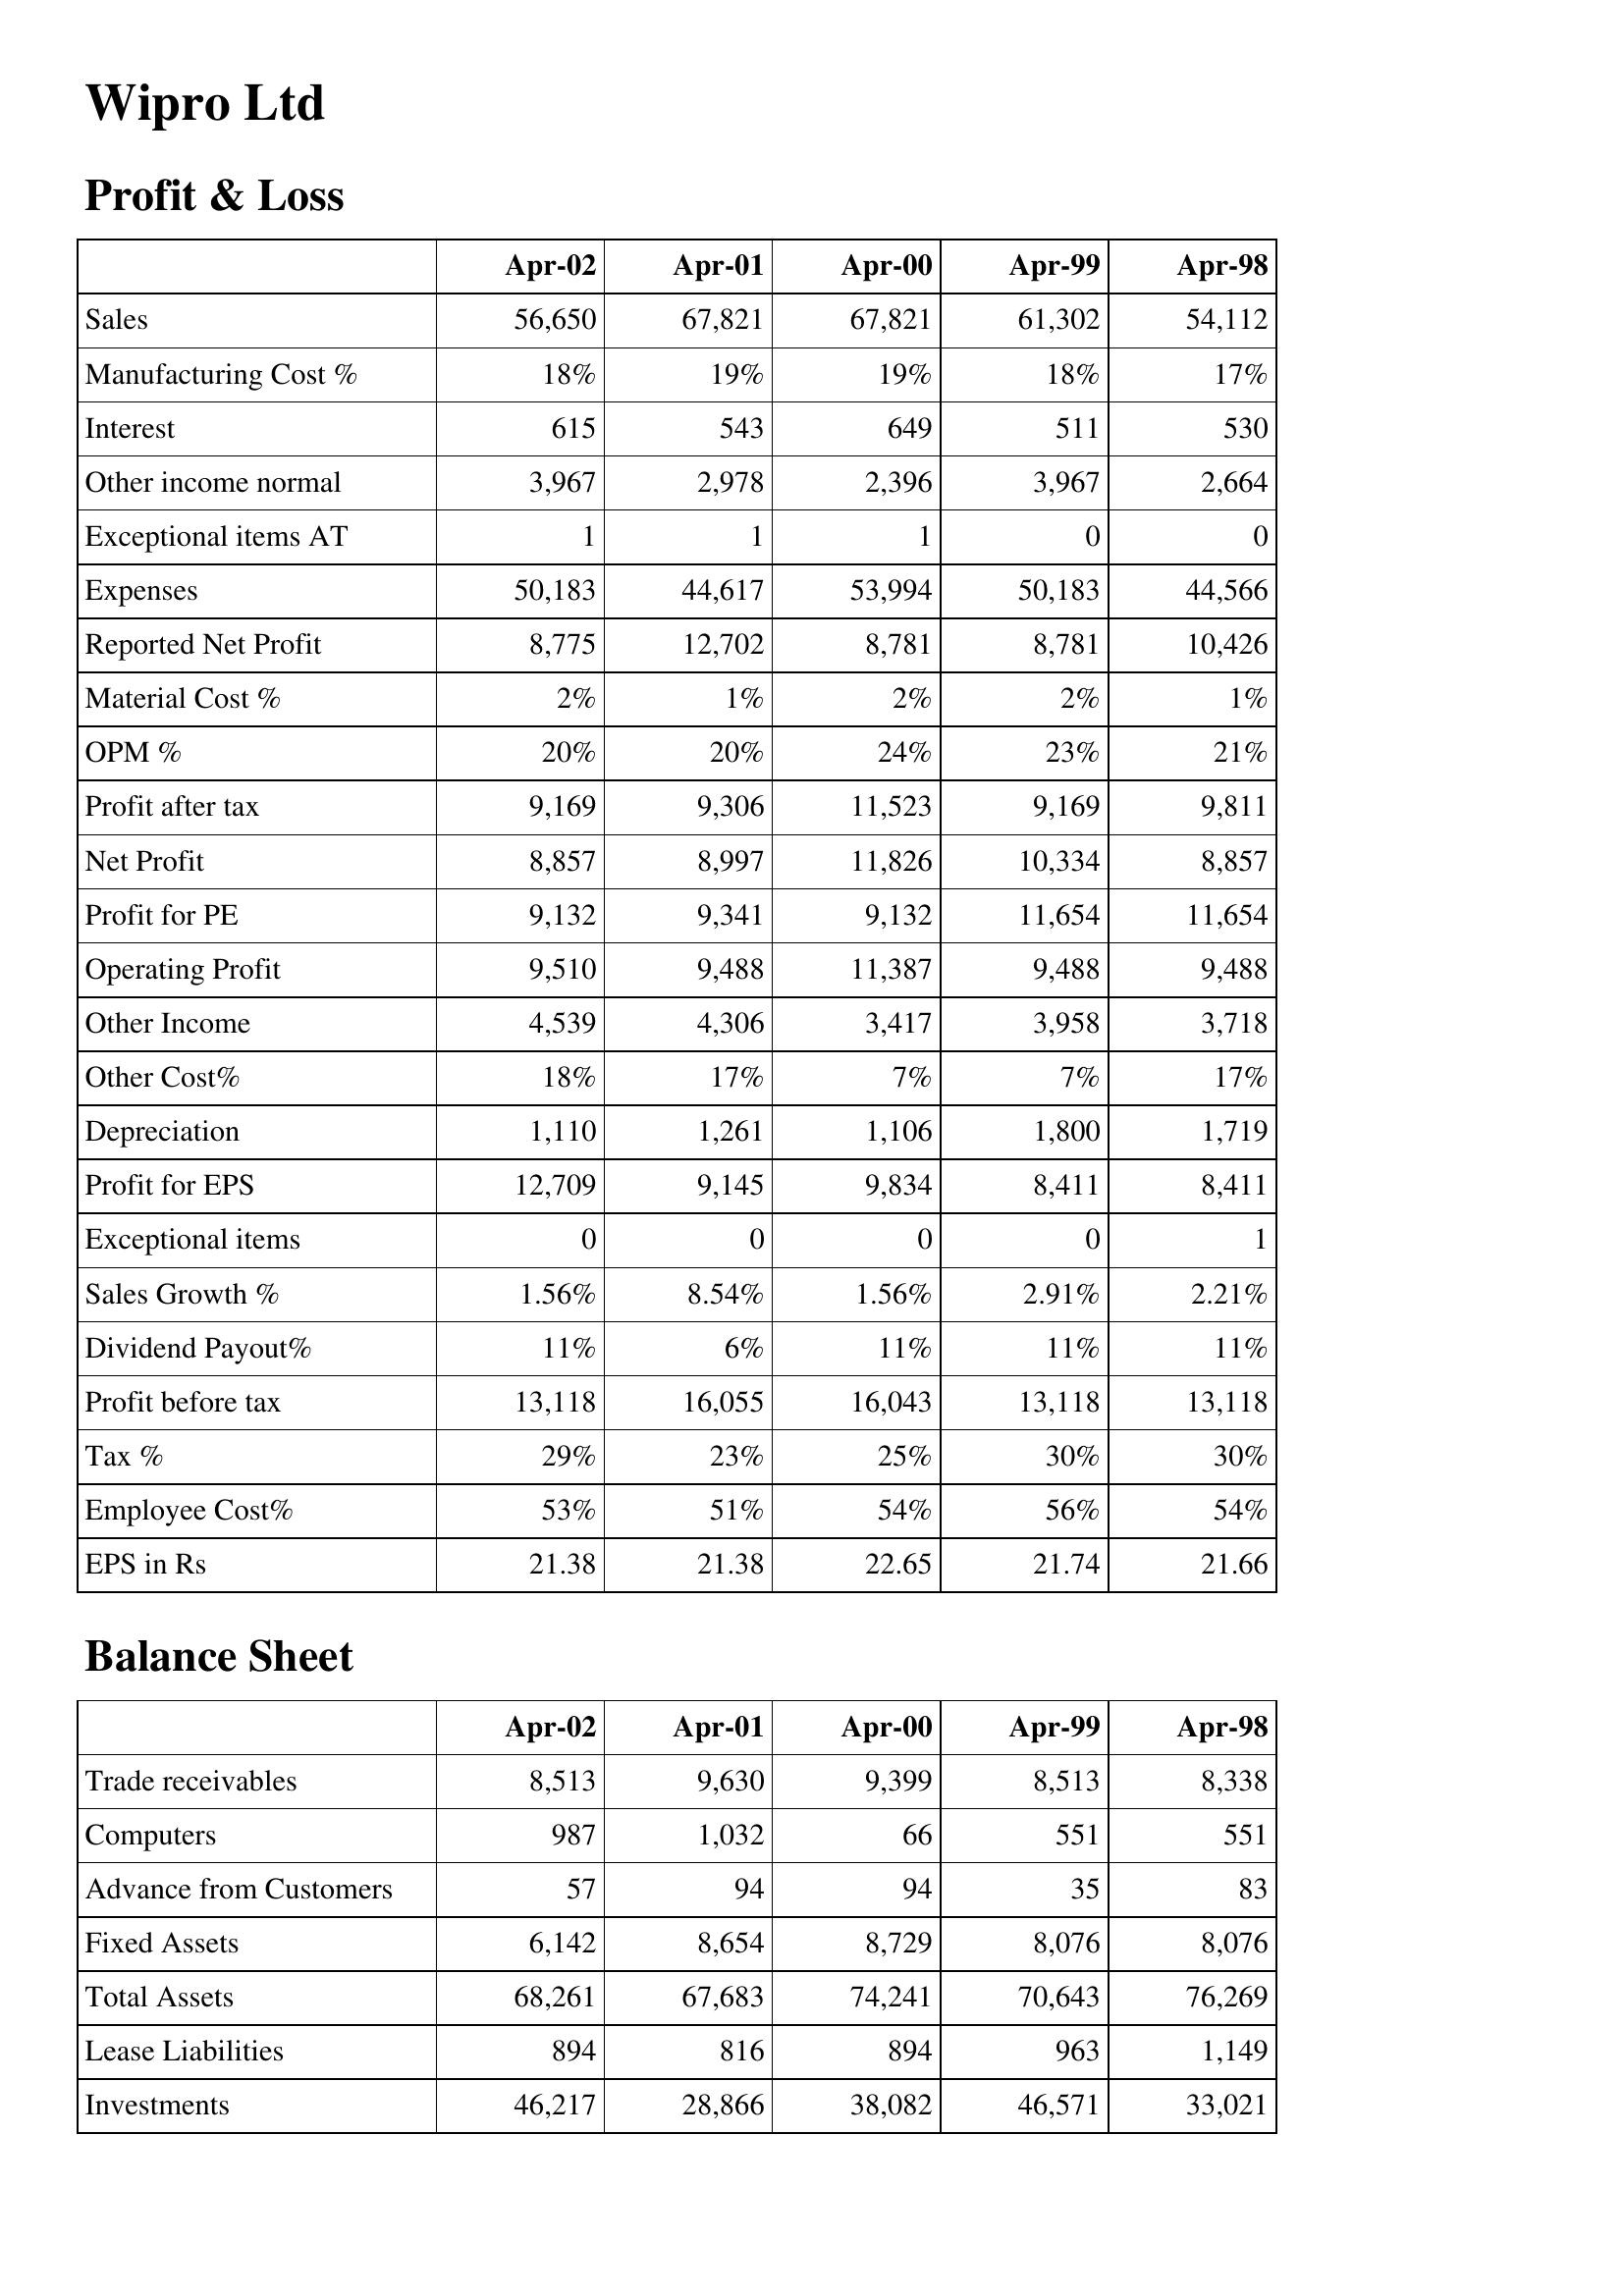
Apr-02: Profit & Loss: Sales: 56,650
Manufacturing Cost %: 18%
Interest: 615
Other income normal: 3,967
Exceptional items AT: 1
Expenses: 50,183
Reported Net Profit: 8,775
Material Cost %: 2%
OPM %: 20%
Profit after tax: 9,169
Net Profit: 8,857
Profit for PE: 9,132
Operating Profit: 9,510
Other Income: 4,539
Other Cost%: 18%
Depreciation: 1,110
Profit for EPS: 12,709
Exceptional items: 0
Sales Growth %: 1.56%
Dividend Payout%: 11%
Profit before tax: 13,118
Tax %: 29%
Employee Cost%: 53%
EPS in Rs: 21.38
Balance Sheet: Trade receivables: 8,513
Computers: 987
Advance from Customers: 57
Fixed Assets: 6,142
Total Assets: 68,261
Lease Liabilities: 894
Investments: 46,217
Apr-01: Profit & Loss: Sales: 67,821
Manufacturing Cost %: 19%
Interest: 543
Other income normal: 2,978
Exceptional items AT: 1
Expenses: 44,617
Reported Net Profit: 12,702
Material Cost %: 1%
OPM %: 20%
Profit after tax: 9,306
Net Profit: 8,997
Profit for PE: 9,341
Operating Profit: 9,488
Other Income: 4,306
Other Cost%: 17%
Depreciation: 1,261
Profit for EPS: 9,145
Exceptional items: 0
Sales Growth %: 8.54%
Dividend Payout%: 6%
Profit before tax: 16,055
Tax %: 23%
Employee Cost%: 51%
EPS in Rs: 21.38
Balance Sheet: Trade receivables: 9,630
Computers: 1,032
Advance from Customers: 94
Fixed Assets: 8,654
Total Assets: 67,683
Lease Liabilities: 816
Investments: 28,866
Apr-00: Profit & Loss: Sales: 67,821
Manufacturing Cost %: 19%
Interest: 649
Other income normal: 2,396
Exceptional items AT: 1
Expenses: 53,994
Reported Net Profit: 8,781
Material Cost %: 2%
OPM %: 24%
Profit after tax: 11,523
Net Profit: 11,826
Profit for PE: 9,132
Operating Profit: 11,387
Other Income: 3,417
Other Cost%: 7%
Depreciation: 1,106
Profit for EPS: 9,834
Exceptional items: 0
Sales Growth %: 1.56%
Dividend Payout%: 11%
Profit before tax: 16,043
Tax %: 25%
Employee Cost%: 54%
EPS in Rs: 22.65
Balance Sheet: Trade receivables: 9,399
Computers: 66
Advance from Customers: 94
Fixed Assets: 8,729
Total Assets: 74,241
Lease Liabilities: 894
Investments: 38,082
Apr-99: Profit & Loss: Sales: 61,302
Manufacturing Cost %: 18%
Interest: 511
Other income normal: 3,967
Exceptional items AT: 0
Expenses: 50,183
Reported Net Profit: 8,781
Material Cost %: 2%
OPM %: 23%
Profit after tax: 9,169
Net Profit: 10,334
Profit for PE: 11,654
Operating Profit: 9,488
Other Income: 3,958
Other Cost%: 7%
Depreciation: 1,800
Profit for EPS: 8,411
Exceptional items: 0
Sales Growth %: 2.91%
Dividend Payout%: 11%
Profit before tax: 13,118
Tax %: 30%
Employee Cost%: 56%
EPS in Rs: 21.74
Balance Sheet: Trade receivables: 8,513
Computers: 551
Advance from Customers: 35
Fixed Assets: 8,076
Total Assets: 70,643
Lease Liabilities: 963
Investments: 46,571
Apr-98: Profit & Loss: Sales: 54,112
Manufacturing Cost %: 17%
Interest: 530
Other income normal: 2,664
Exceptional items AT: 0
Expenses: 44,566
Reported Net Profit: 10,426
Material Cost %: 1%
OPM %: 21%
Profit after tax: 9,811
Net Profit: 8,857
Profit for PE: 11,654
Operating Profit: 9,488
Other Income: 3,718
Other Cost%: 17%
Depreciation: 1,719
Profit for EPS: 8,411
Exceptional items: 1
Sales Growth %: 2.21%
Dividend Payout%: 11%
Profit before tax: 13,118
Tax %: 30%
Employee Cost%: 54%
EPS in Rs: 21.66
Balance Sheet: Trade receivables: 8,338
Computers: 551
Advance from Customers: 83
Fixed Assets: 8,076
Total Assets: 76,269
Lease Liabilities: 1,149
Investments: 33,021